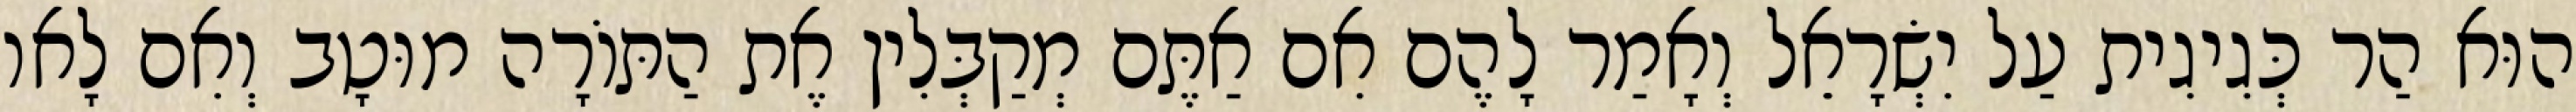
הוּא הַר כְּגִיגִית עַל יִשְׂרָאֵל וְאָמַר לָהֶם אִם אַתֶּם מְקַבְּלִין אֶת הַתּוֹרָה מוּטָב וְאִם לָאו